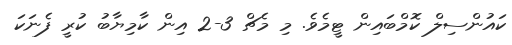
ކައުންސިލް ކޮމްބައިން ޓީމެވެ. މި މެޗް 3-2 އިން ކާމިޔާބު ކުރީ ފެނަކަ